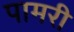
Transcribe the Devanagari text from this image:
पामरी